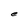
Character: e